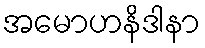
အမောဟနိဒါနာ